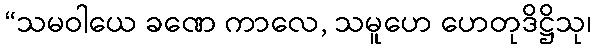
“သမဝါယေ ခဏေ ကာလေ, သမူဟေ ဟေတုဒိဋ္ဌိသု၊